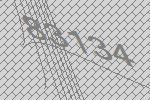
83134